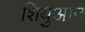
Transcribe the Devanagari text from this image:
शियुआन